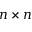
n \times n